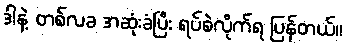
ဒါနဲ့ တစ်လခ အဆုံးခံပြီး ရပ်စဲလိုက်ရ ပြန်တယ်။